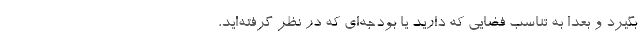
بگیرد و بعدا به تناسب فضایی که دارید یا بودجه‌ای که در نظر گرفته‌اید،